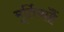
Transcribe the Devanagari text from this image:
मूर्तियांहैं